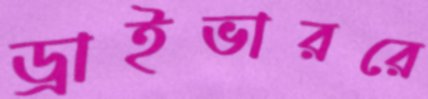
ড্রাইভাররে